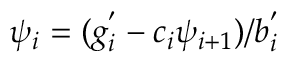
\psi _ { i } = ( g _ { i } ^ { ' } - c _ { i } \psi _ { i + 1 } ) / b _ { i } ^ { ' }